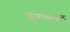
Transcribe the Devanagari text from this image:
कुरुम्कुष़ल